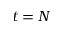
t = N